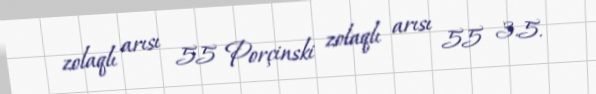
zolaqlı arısı 55 Porçinski zolaqlı arısı 55 3.5.